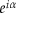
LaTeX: e ^ { i \alpha }